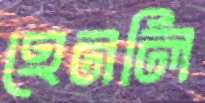
হেনলি